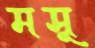
মসূ